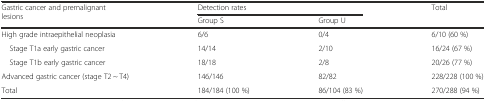
<table><thead><tr><td rowspan="2"><b>Gastric cancer and premalignant lesions</b></td><td colspan="2"><b>Detection rates</b></td><td><b>Total</b></td></tr><tr><td><b>Group S</b></td><td><b>Group U</b></td><td></td></tr></thead><tbody><tr><td>High grade intraepithelial neoplasia</td><td>6/6</td><td>0/4</td><td>6/10 (60 %)</td></tr><tr><td> Stage T1a early gastric cancer</td><td>14/14</td><td>2/10</td><td>16/24 (67 %)</td></tr><tr><td> Stage T1b early gastric cancer</td><td>18/18</td><td>2/8</td><td>20/26 (77 %)</td></tr><tr><td>Advanced gastric cancer (stage T2 ~ T4)</td><td>146/146</td><td>82/82</td><td>228/228 (100 %)</td></tr><tr><td>Total</td><td>184/184 (100 %)</td><td>86/104 (83 %)</td><td>270/288 (94 %)</td></tr></tbody></table>